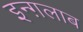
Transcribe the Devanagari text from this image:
इन्ग़लाब